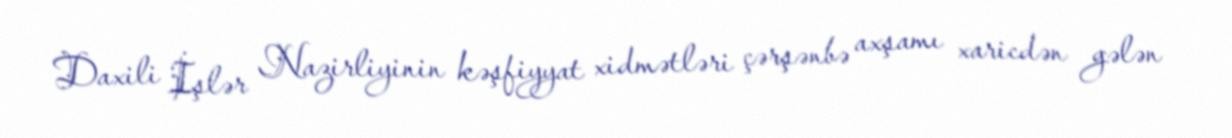
Daxili İşlər Nazirliyinin kəşfiyyat xidmətləri çərşənbə axşamı xaricdən gələn